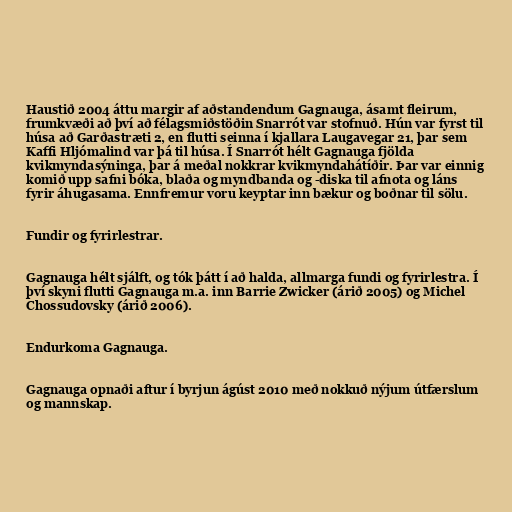
Haustið 2004 áttu margir af aðstandendum Gagnauga, ásamt fleirum,
frumkvæði að því að félagsmiðstöðin Snarrót var stofnuð. Hún var fyrst til
húsa að Garðastræti 2, en flutti seinna í kjallara Laugavegar 21, þar sem
Kaffi Hljómalind var þá til húsa. Í Snarrót hélt Gagnauga fjölda
kvikmyndasýninga, þar á meðal nokkrar kvikmyndahátíðir. Þar var einnig
komið upp safni bóka, blaða og myndbanda og -diska til afnota og láns
fyrir áhugasama. Ennfremur voru keyptar inn bækur og boðnar til sölu.

Fundir og fyrirlestrar.

Gagnauga hélt sjálft, og tók þátt í að halda, allmarga fundi og fyrirlestra. Í
því skyni flutti Gagnauga m.a. inn Barrie Zwicker (árið 2005) og Michel
Chossudovsky (árið 2006).

Endurkoma Gagnauga.

Gagnauga opnaði aftur í byrjun ágúst 2010 með nokkuð nýjum útfærslum
og mannskap.